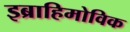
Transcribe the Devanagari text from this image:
इब्राहिमोविक